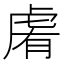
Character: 𧆴